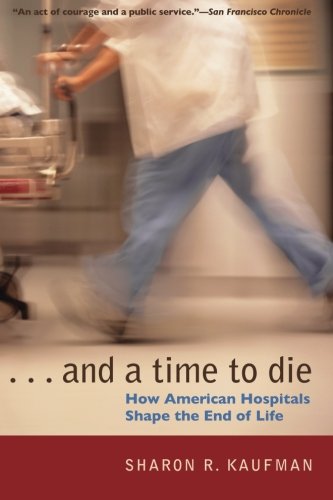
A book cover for And a Time to Die: How American Hospitals Shape the End of Life; Sharon R. Kaufman; Self-Help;